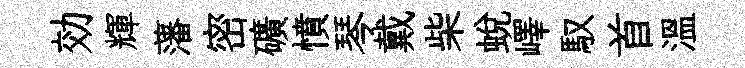
効輝藩密礦憤琴戴柴蛻嶧馭首温